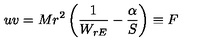
u v = M r ^ { 2 } \left( \frac { 1 } { W _ { r E } } - \frac { \alpha } { S } \right) \equiv F